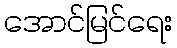
အောင်မြင်ရေး